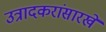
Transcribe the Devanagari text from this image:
उत्रादकरांसारखे